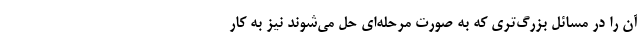
آن را در مسائل بزرگ‌تری که به صورت مرحله‌ای حل می‌شوند نیز به کار